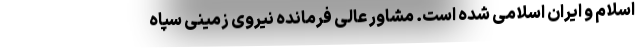
اسلام و ایران اسلامی شده است. مشاور عالی فرمانده نیروی زمینی سپاه